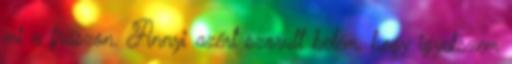
mi a frászon. Annyi azért szorult belém, hogy igyekszem